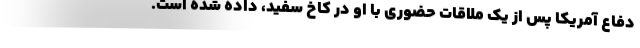
دفاع آمریکا پس از یک ملاقات حضوری با او در کاخ سفید، داده شده است.